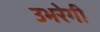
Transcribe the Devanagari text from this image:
उभरेगी